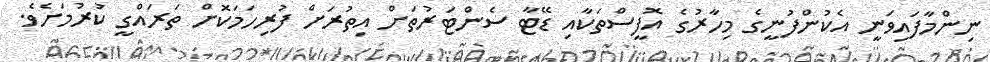
ނިންމާފައިވަނީ އެކުންފުނީގެ މިހާރުގެ އޮފީސްތަކާއި ޑޭޓާ ސެންޓަރުތަށް އިތުރަށް ފުރިހަމަކޮށް ތަރައްގީ ކުރުމަށެވެ.